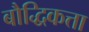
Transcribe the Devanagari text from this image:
बौद्धिकत्ता